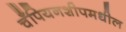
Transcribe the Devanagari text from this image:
चँपियनशीपमधील